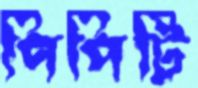
পিপিটি